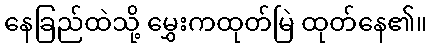
နေခြည်ထဲသို့ မွှေးကထုတ်မြဲ ထုတ်နေ၏။